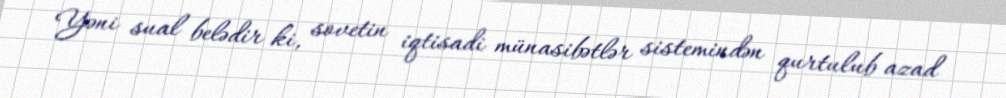
Yəni sual belədir ki, sovetin iqtisadi münasibətlər sistemindən qurtulub azad